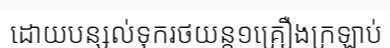
ដោយបន្សល់ទុករថយន្ត១គ្រឿងក្រឡាប់